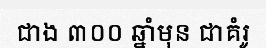
ជាង ៣០០ ឆ្នាំមុន ជាគំរូ